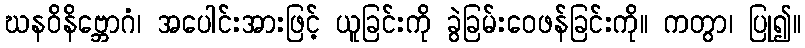
ဃနဝိနိဗ္ဘောဂံ၊ အပေါင်းအားဖြင့် ယူခြင်းကို ခွဲခြမ်းဝေဖန်ခြင်းကို။ ကတွာ၊ ပြု၍။